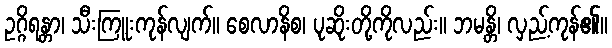
ဥဂ္ဂိရန္တာ၊ သီးကြူးကုန်လျက်။ စေလာနိစ၊ ပုဆိုးတို့ကိုလည်း။ ဘမန္တိ၊ လှည့်ကုန်၏။